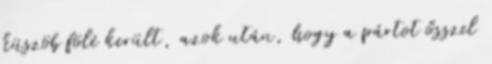
küszöb fölé került, azok után, hogy a pártot ősszel